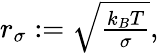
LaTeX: \begin{array}{r}{r_{\sigma}:=\sqrt{\frac{k_{B}T}{\sigma}},}\end{array}